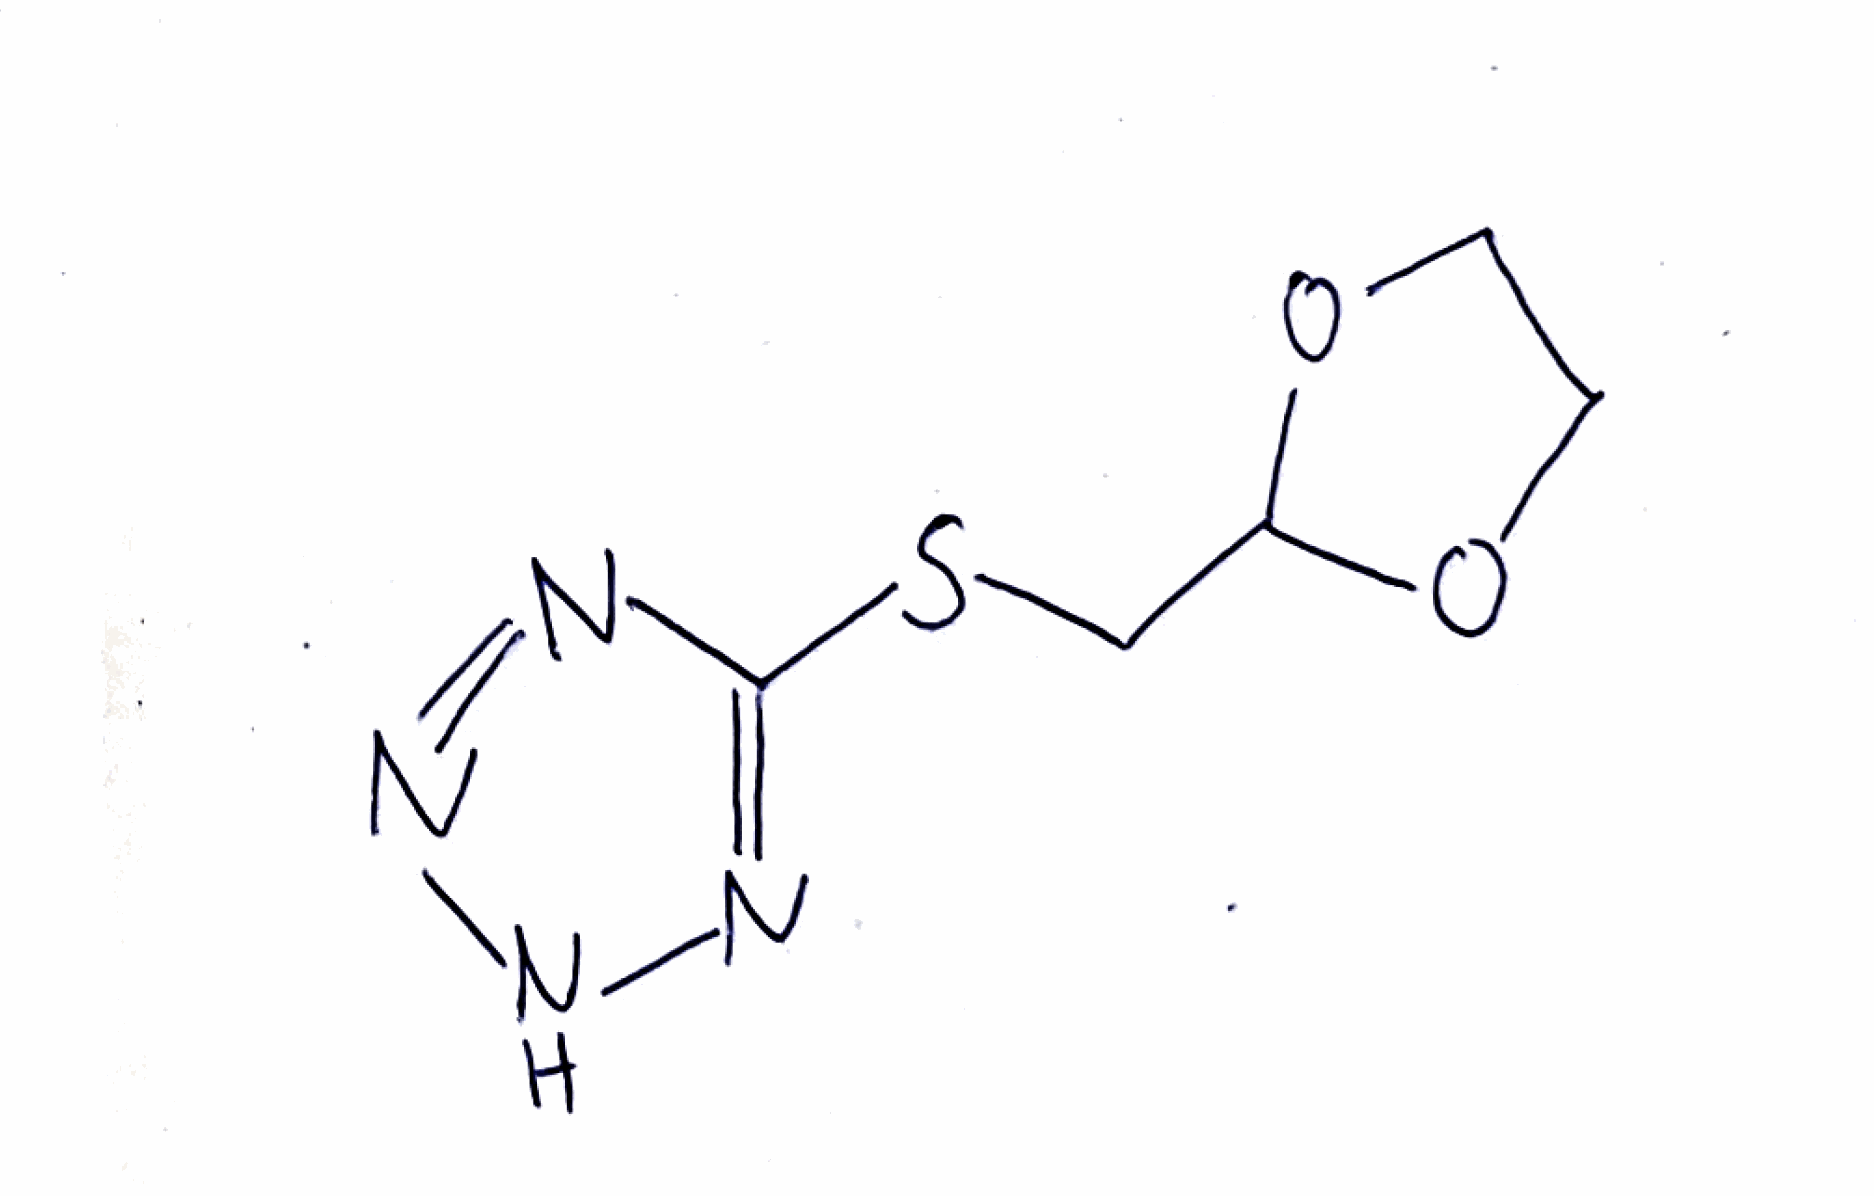
Simplified molecular-input line-entry system (SMILES) notation of the given molecule:
C1COC(O1)CSC2=NNN=N2